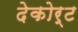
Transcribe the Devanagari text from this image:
देकोर्ट